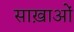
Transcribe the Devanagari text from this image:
साख़ाओं